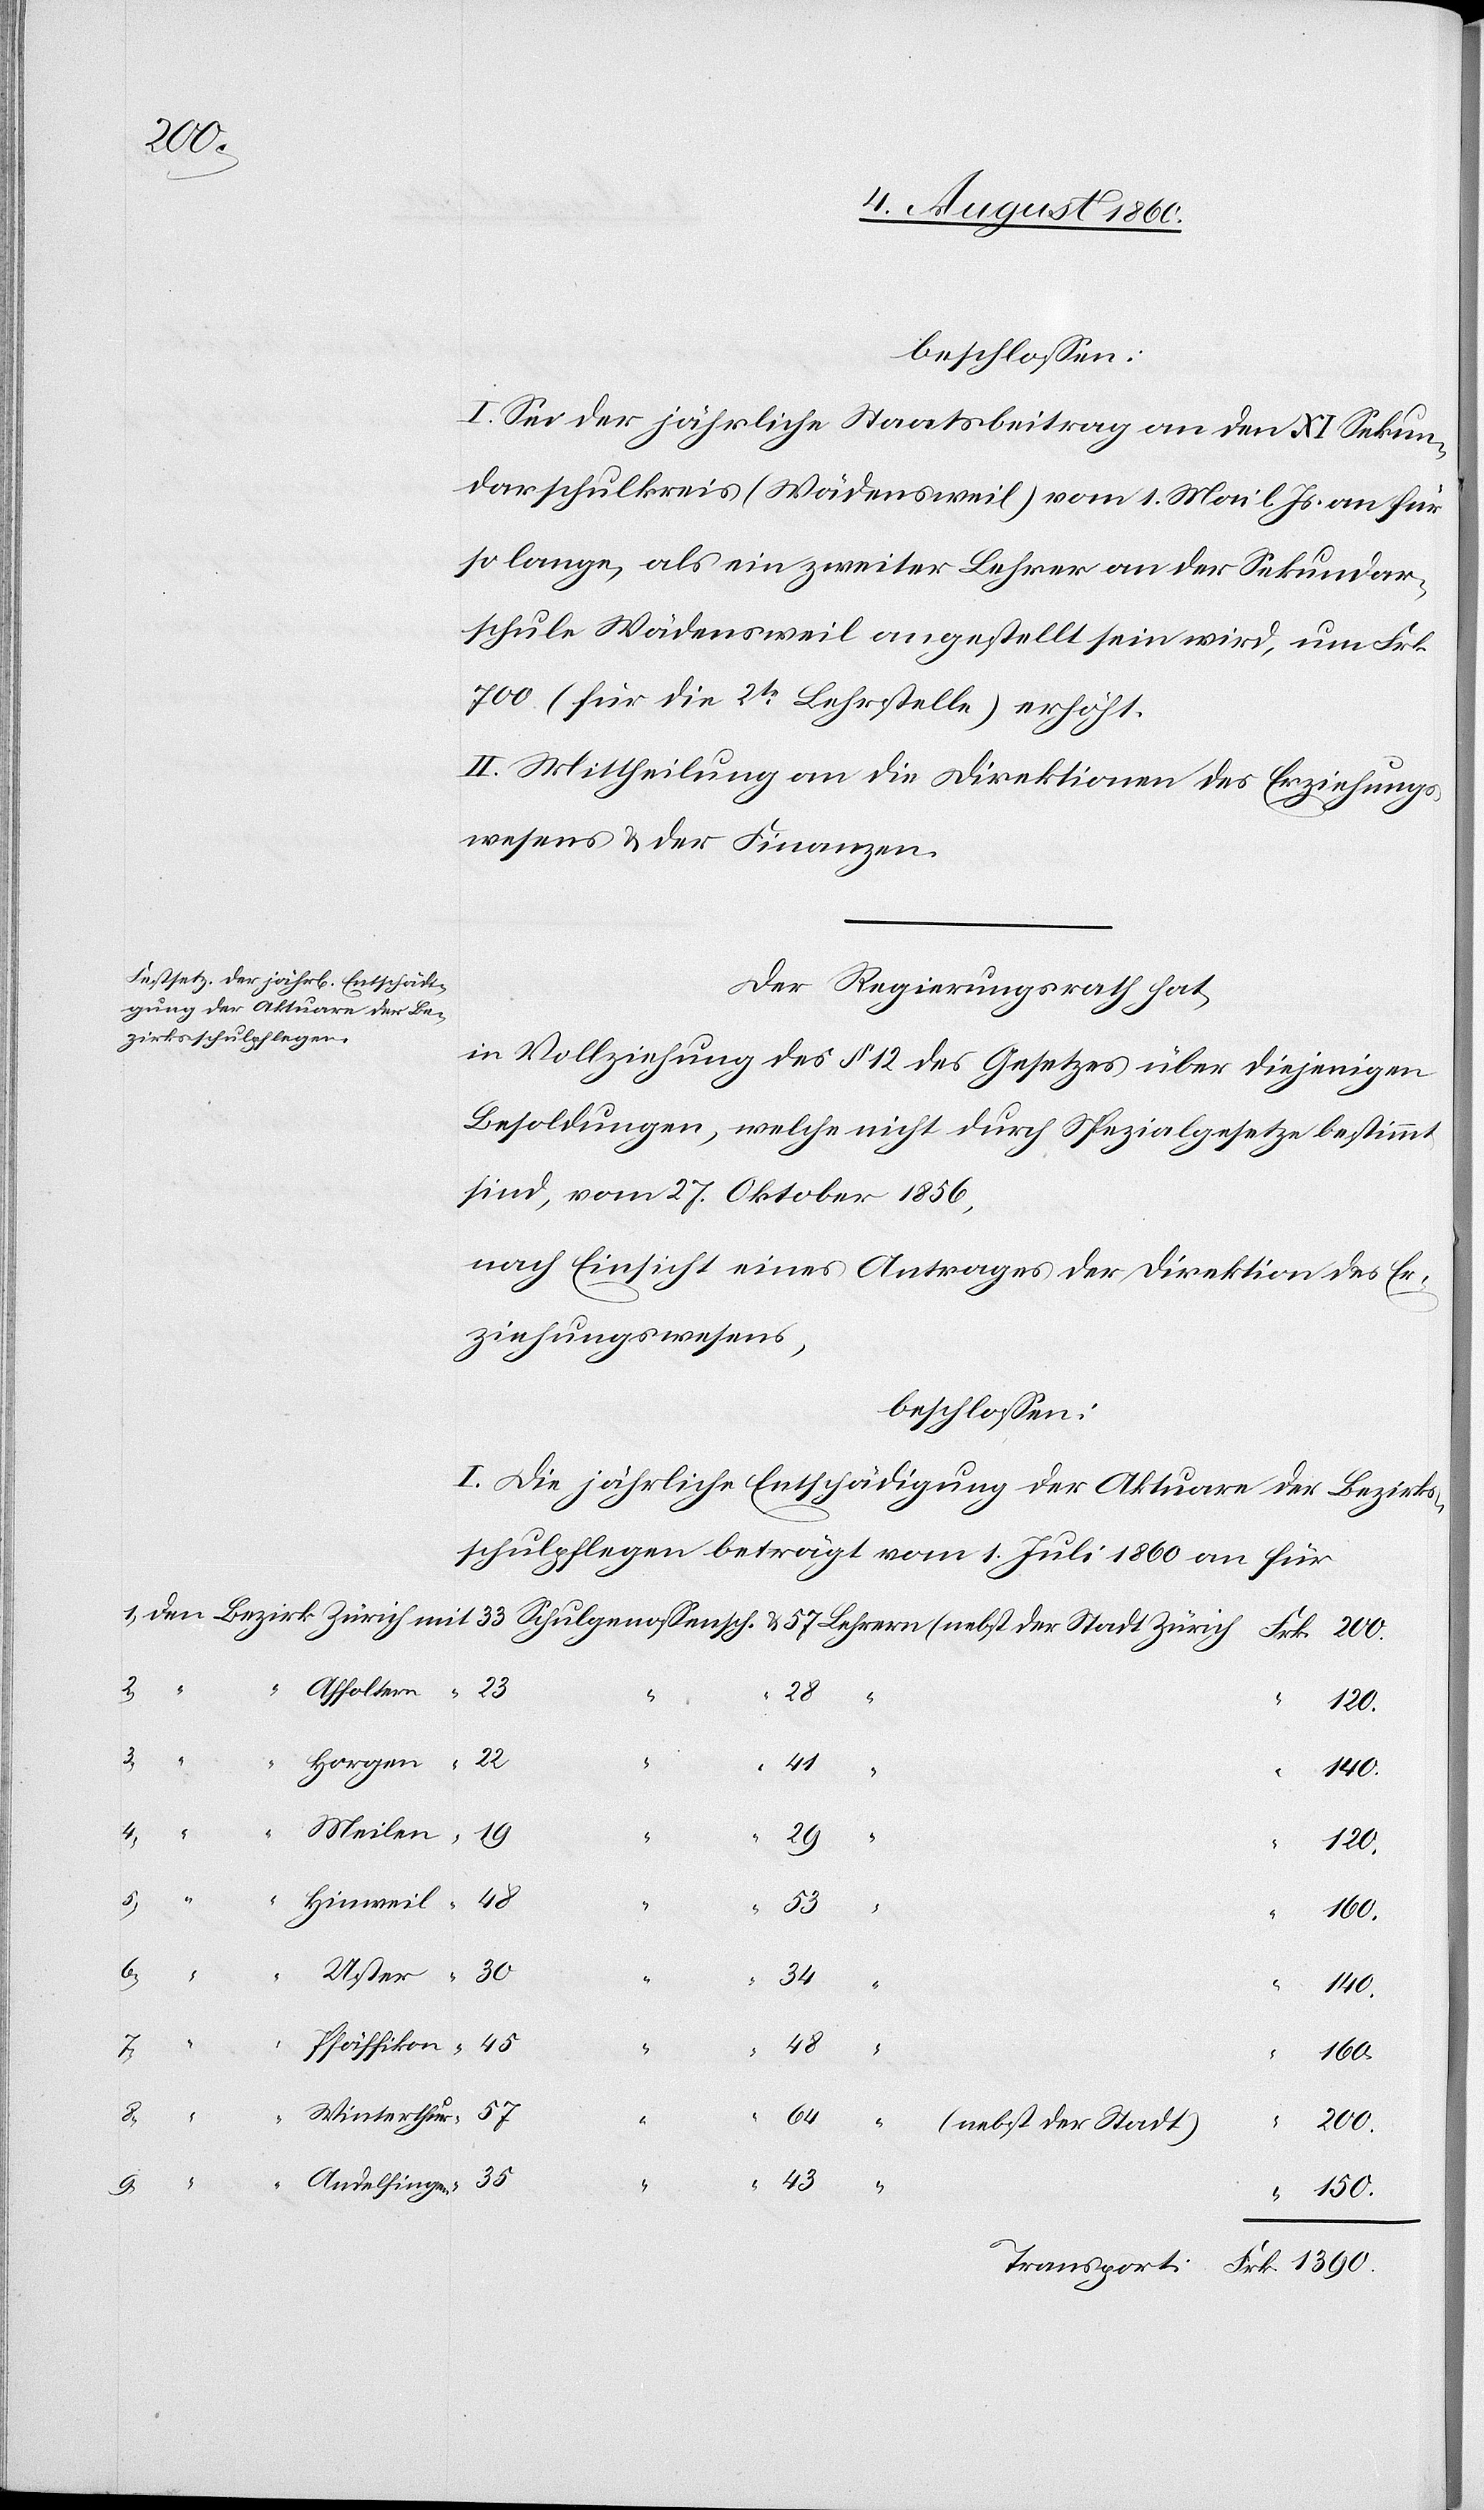
beschlossen:
I. Sei der jährliche Staatsbeitrag an den XI. Sekun¬
darschulkreis (Wädensweil) vom 1. Mai l. Js. an für
so lange, als ein zweiter Lehrer an der Sekundar¬
schule Wädensweil angestellt sein wird, um Frk.
700 (für die 2te Lehrstelle) erhöht.
II. Mittheilung an die Direktion des Erziehungs¬
wesens u. der Finanzen.
Der Regierungsrath hat
in Vollziehung des §. 12 des Gesetzes über diejenigen
Besoldungen, welche nicht durch Spezialgesetze bestimmt
nach Einsicht eines Antrages der Direktion des Er¬
ziehungswesens
beschlossen:
I. Die jährliche Entschädigung der Aktuare der Bezirks¬
schulpflegen beträgt vom 1. Juli 1860 an für
7.
“
2.
Affoltern
41
140.
4.
8.
120.
3.
160.
“
6.
1.
34
140.
Pfäffikon
64
5.
rthur
200.
(nebst der Stadt)
“
43
Andelfingen
9.
150.